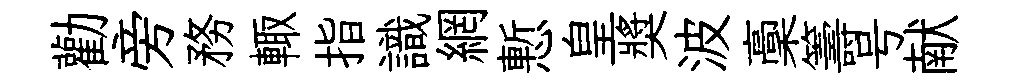
勸旁務輙指識網慙皇奬波稾籌号献